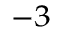
^ { - 3 }